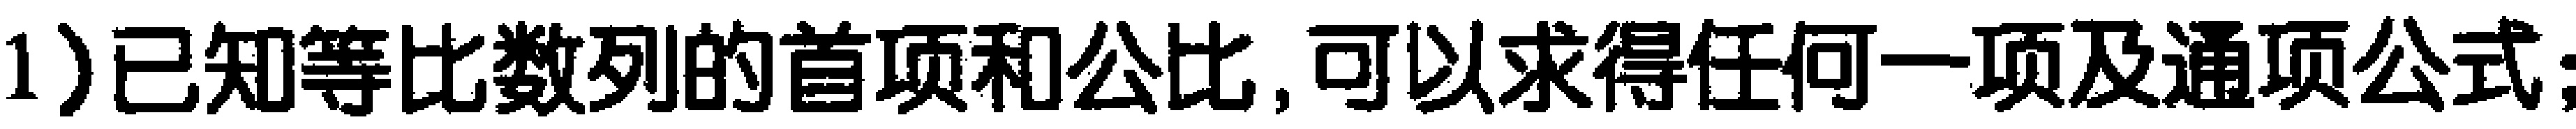
1)已知等比数列的首项和公比,可以求得任何一项及通项公式；